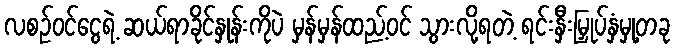
လစဉ်ဝင်ငွေရဲ့ ဆယ်ရာခိုင်နှုန်းကိုပဲ မှန်မှန်ထည့်ဝင် သွားလို့ရတဲ့ ရင်းနှီးမြှုပ်နှံမှု့တခု